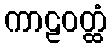
ကာဠဝတ္ထံ